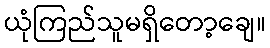
ယုံကြည်သူမရှိတော့ချေ။